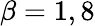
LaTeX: \beta=1,8